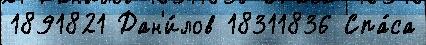
1891821 Дан'и́лов 18311836 Спа́са